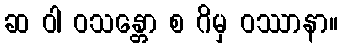
ဆ ဝါ ဝသန္တော စ ဂိမှ ဝဿာနာ။